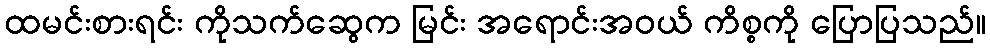
ထမင်းစားရင်း ကိုသက်ဆွေက မြင်း အရောင်းအဝယ် ကိစ္စကို ပြောပြသည်။